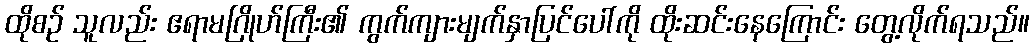
ထိုစဉ် သူလည်း ဧရာမဂြိုဟ်ကြီး၏ ကွက်ကျားမျက်နှာပြင်ပေါ်ကို ထိုးဆင်းနေကြောင်း တွေ့လိုက်ရသည်။